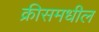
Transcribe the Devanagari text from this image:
क्रीसमधील